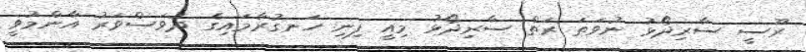
ރޫސީ ސާރިދޯޅު ނުވަތަ ރަތް ސާރިދޯޅު މިއީ ފިނި ހަނގުރާމައިގެ ދުވަސްވަރު އާންމުވީ